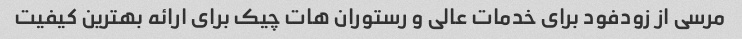
مرسی از زودفود برای خدمات عالی و رستوران هات چیک برای ارائه بهترین کیفیت